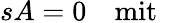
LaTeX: sA=0\quad\mathrm{mit}\quad